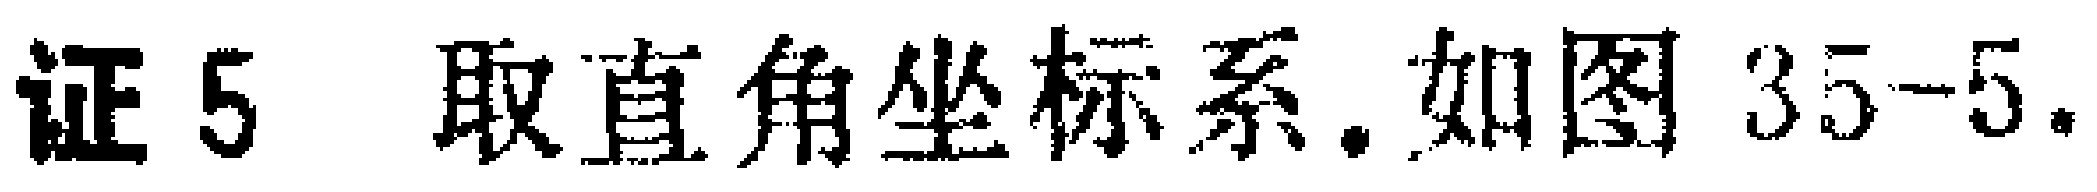
证 5 取直角坐标系. 如图 35-5.